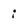
Character: i